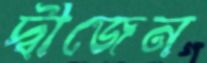
দ্বীজেন